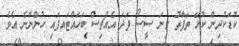
ކުޑަކުދިން ކުޅޭ ތަފާތު ގިނަ ސީސޯ ފަދަ އެއްޗިސް ބަހައްޓައފައި ހުންނާނެ އެވެ.